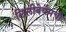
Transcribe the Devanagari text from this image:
लिलीबेयमची